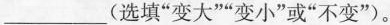
___(选填”变大””变小”或”不变”)。